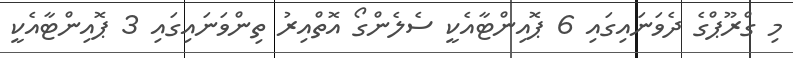
މި ގްރޫޕްގެ ދެވަނައިގައި 6 ޕޮއިންޓާއެކީ ސެލެންގޯ އޮތްއިރު ތިންވަނައިގައި 3 ޕޮއިންޓާއެކީ